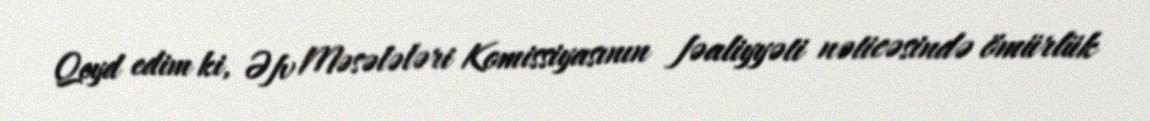
Qeyd edim ki, Əfv Məsələləri Komissiyasının fəaliyyəti nəticəsində ömürlük